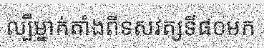
ល្បីម្នាក់តាំងពីទសវត្សទី៨០មក